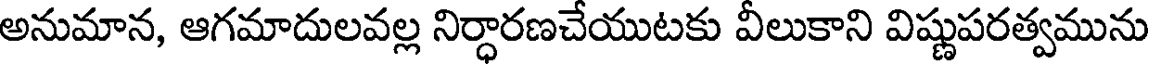
అనుమాన, ఆగమాదులవల్ల నిర్ధారణచేయుటకు వీలుకాని విష్ణుపరత్వమును